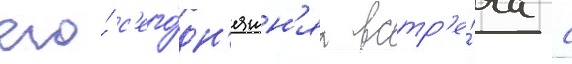
его́ с'его́дн'яшн'яа встр'е́ча с